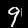
Label: 9